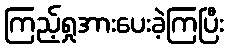
ကြည့်ရှုအားပေးခဲ့ကြပြီး